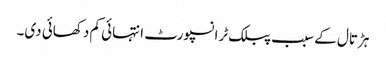
ہڑتال کے سبب پبلک ٹرانسپورٹ انتہائی کم دکھائی دی۔